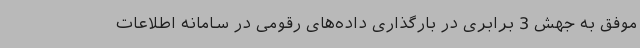
موفق به جهش 3 برابری در بارگذاری داده‌های رقومی در سامانه اطلاعات